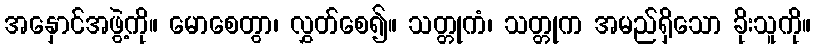
အနှောင်အဖွဲ့ကို။ မောစေတွာ၊ လွှတ်စေ၍။ သတ္တုကံ၊ သတ္တုက အမည်ရှိသော ခိုးသူကို။